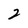
Character: 2